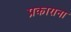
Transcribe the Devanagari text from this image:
प्रकाराना